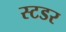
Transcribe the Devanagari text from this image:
स्टडर